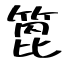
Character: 箆